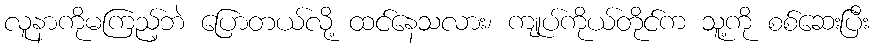
လူနာကိုမကြည့်ဘဲ ပြောတယ်လို့ ထင်နေသလား၊ ကျုပ်ကိုယ်တိုင်က သူ့ကို စစ်ဆေးပြီး